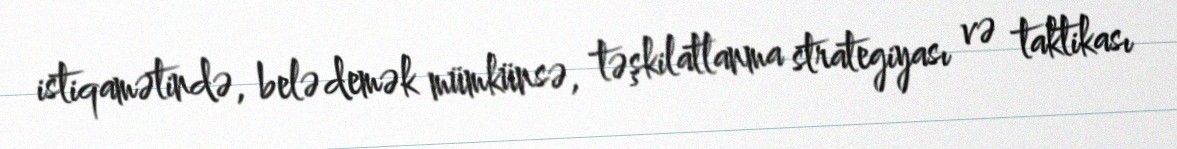
istiqamətində, belə demək mümkünsə, təşkilatlanma strategiyası və taktikası